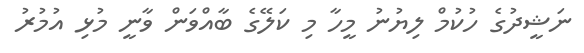
ނަޝީދުގެ ހުކުމް ލިޔުނު މީހާ މި ކަލޭގެ ބާއްވަން ވާނީ މުޅި އުމުރު